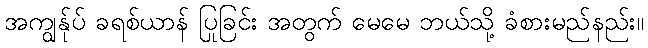
အကျွန်ုပ် ခရစ်ယာန် ပြုခြင်း အတွက် မေမေ ဘယ်သို့ ခံစားမည်နည်း။